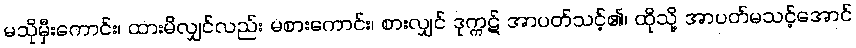
မသိုမှီးကောင်း၊ ထားမိလျှင်လည်း မစားကောင်း၊ စားလျှင် ဒုက္ကဋ် အာပတ်သင့်၏၊ ထိုသို့ အာပတ်မသင့်အောင်